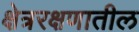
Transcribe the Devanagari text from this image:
क्षेत्ररक्षणातील